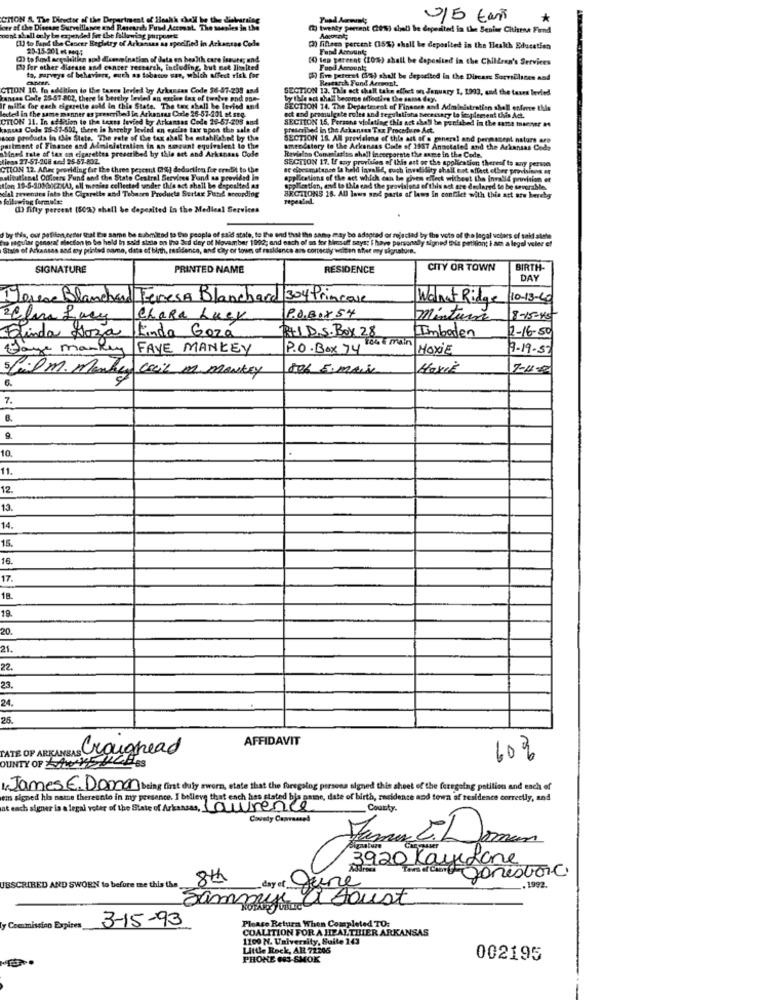
CMON & The Director of the Department of Health chell be the diskarslog
0/5 tons
*
joer of the Disease Surveillance and Research Fund Accost. The saanles in the
(1) twenty percent (its) almadi be deperited in the Senior Chthese Find
pont shall only be expended for the following porpomete
[U] to Band the Caseer Reglatry of Arkansas as specified in Arkansas Code
25-15-201 -6 0005
() fillesa percent (15%) shall be deposited in the Health Education
Fund Accounts
() to fled acquisition aod dsenmination of data on health care Insure; and
(0) lep percent (20%) shall be deposited in the Children's Services
Pa for other disease and cancer research, including, but not litatted
ta, parveya of behaviors, euch as tobacco use, which affect risk for
Fand Amounts
(5) five peteret (a) shall be deposited in the Dircars SorveElines and
Research Fund Aersont,
CTION 10. In addition to the tones levied bry Arkansas Code 56-57-209 and
SECTION 13. The act shall take effect on January 1, 1993, and the taxes Beviled
cangas Code 25-57-802, there le berthry levied an encie tax of twelve and one-
by tble not shalt become affective the same day
lected in the same manner es prescribed in Arkansas Code 26-57-201 et SEQ.
I mille for each cigarette sold in Chie State. The tex shall be levied and
SECTION 24. The Departesest of Finance and Administration shell esforce this
CTION 11. In addition to the texts levied by Arkansas Code 28-57-205 sad
act and promulgate rules and regulations beenesary to jespiersent this Act.
SECTION 15. Persone violating this act ahol be perlabed in the same manner at
cances Code 35-51-502, there in hereby levied an excise tax upon the sale ef
prescribed in the Arkansas Tax Procedure Act.
hace products in this State, The rate of the tax shall be established by the
SECTION 16. All provisions of this act of o general and permanent naturs are
partment of Finance and Administration in an sosant equivalent to the
Mined tate of tax on cigarettes prescribed by thie art and Arkansas Code
amendstory to the Arkansas Code of 1957 Annotated and the Arkansas Code
Ravie'on Compterits shall incorporate the same in the Code.
Miens 27-57-208 and 25-57-802.
SECTION 17. If any provision of this att or the application thereef to any person
CTION 12. Anac providing far the three percent (%) deduction for credit to the
se cibcumatance la held invalid, euch invalidity shall not affect other provins #
Latitutienel Officers Fund and the State Central Services Fund as provided in
applications of the act which can be given ofleck without the invalid provision of
tion 19-5-108(((2(A), all meales collected under this act shall be deposited as
cial zevendes into the Cigarette and Tobacco Products Surtax Fiatal according
application, and to Lhe end the provisions of this act are declared te be severabile.
following formulae
BKCTIONS 18. All laws and parts of laws In conGilet with this att atw hereby
() fifty percent (50%) shall be deposited in the Medical Services
ha ragular general election to be held in said siada on the Jed dey of November 1992; and each of us for bluesalt says: I have personaly signed Bis petition; i am a legel veler e!
by this, our pafilon esser that be same be submited to the people of said stale, to the end that the same may be adapted or rejected by the voto of the legal votoes of said stole
State of Arkansas and my printed samme, date of blith, residence, and ciny or town of residence aos correctly weiten atlet my signature.
SIGNATURE
PRINTED NAME
RESIDENCE
CITY OR TOWN
BIRTH-
DAY
Derece Blanchard Teresa Blanchard 304 trincase
Walnut Ridge
10-13-4
P.O.BOX54
2 Elma Lacy
Chara Lucy
mintura
8-15-45
2-16-50
Elinda Hoza
Linda Goza
RID.S. BOX 28
Imboden
Saye marken
FAYE MANKEY
P.O. BOX 74
MOXIE
9-19- 57
5 film. menthey cecil m. monkey
506 E-mail
Hayik
6.
7.
B.
9
10
11.
12.
13
14.
15.
16.
17.
19.
20.
21.
22.
23.
24.
25
AFFIDAVIT
TATE OF ARKAMBAS Croughead
OUNTY OF A YELLLHES
60%
1. James E. Domon being first duly sworn, state that the foregoing persona signed this sheet of the foregoing petition and each of
em signed his name thereento in my presence. I believe that ench has stated bjs name, date of birth, zacidente and town of residence correctly, and
at each signer is a legal voter of the State of Arkansas, Laurence
County.
Covety Canvassed
James L.Loman
3920 KayeLone
garestore.
8th
UBSCRIBED AND SWORN to before me this the_
day et.
Our
_. 1992.
toust
Sammy
3-15-93
Please Return When Completed TO:
y Ceenmission Expires
COALITION FOR A HEALTHIER ARKANSAS
1100 N. University, Suite 143
Little Rock, AR 72206
PHONE (03-SMOK
002195